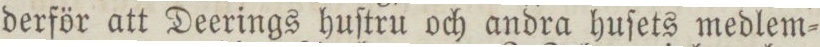
derför att Deerings huſtru och andra huſets medlem=